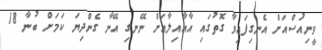
ވީނިއުަސްއަށް އެނގިފައިވާ ގޮތުގައި އާއާއިލާއަށް ނޭނގި އޭނާ ގެންދިޔަ ކަމަށް ބުނާ 18